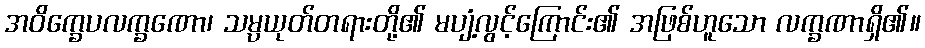
အဝိက္ခေပလက္ခဏော၊ သမ္ပယုတ်တရားတို့၏ မပျံ့လွင့်ကြောင်း၏ အဖြစ်ဟူသော လက္ခဏာရှိ၏။